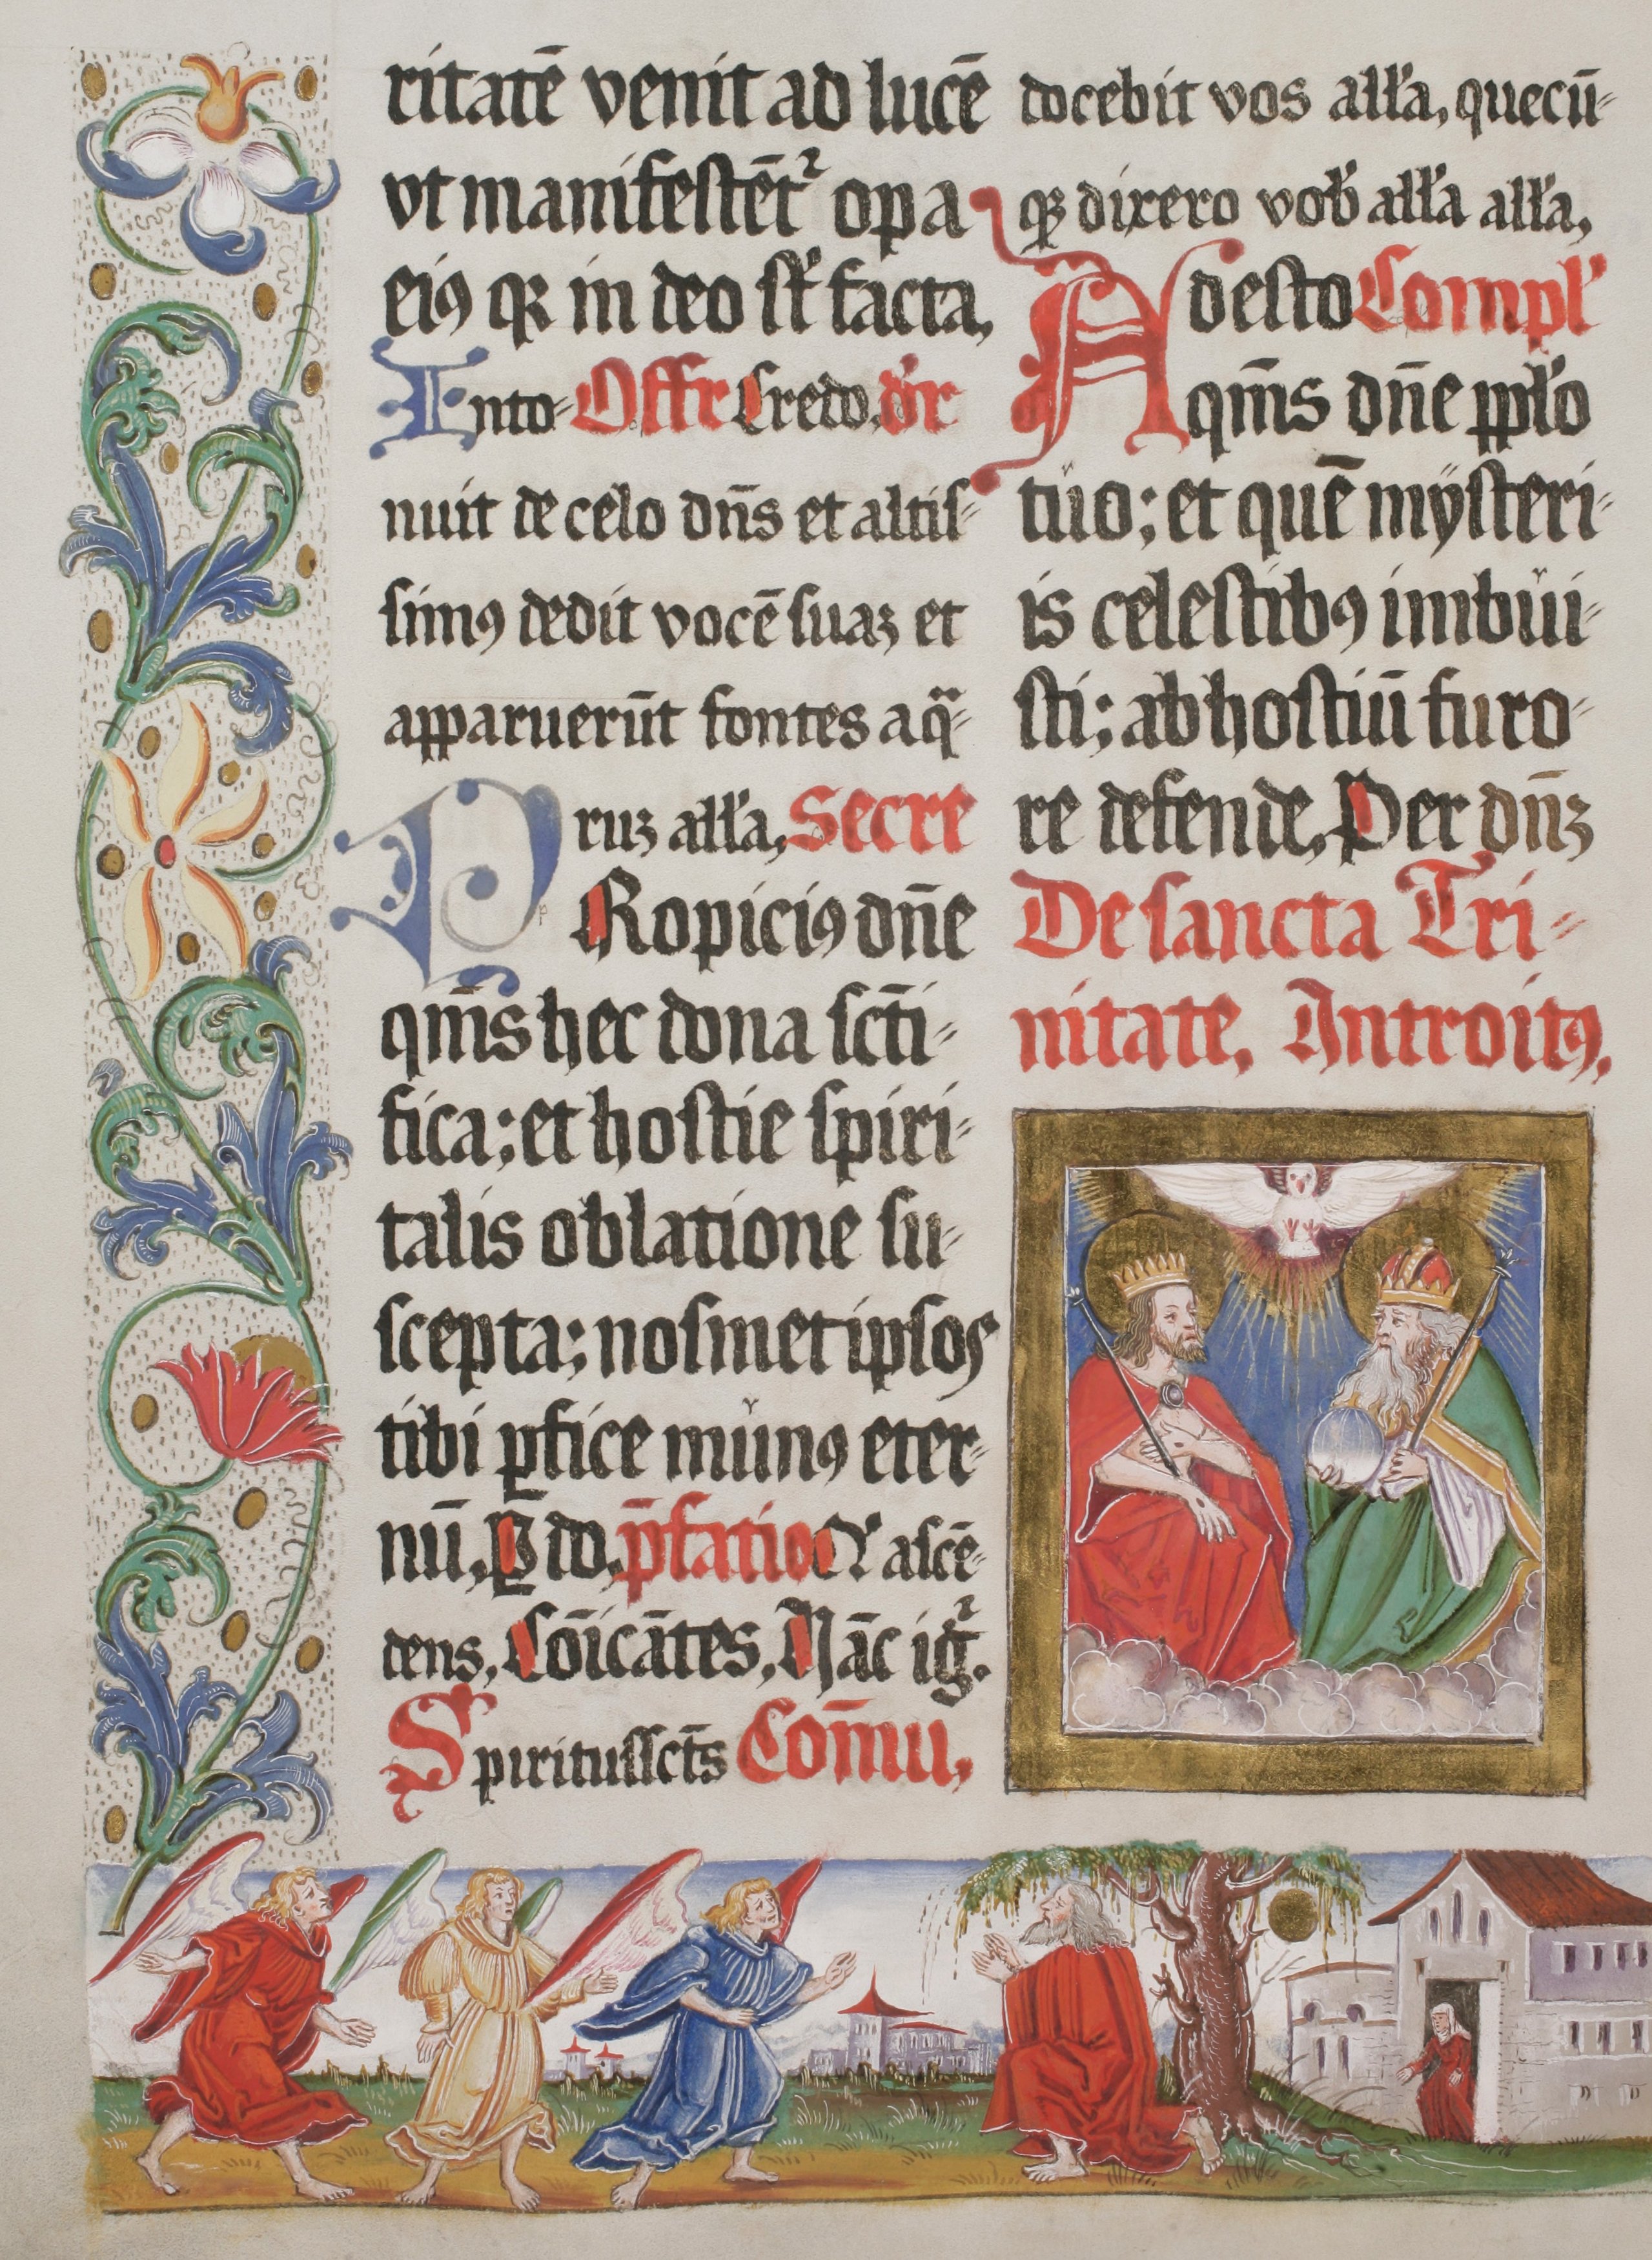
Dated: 1555–1555